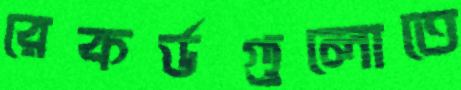
রেকর্ডগুলোতে